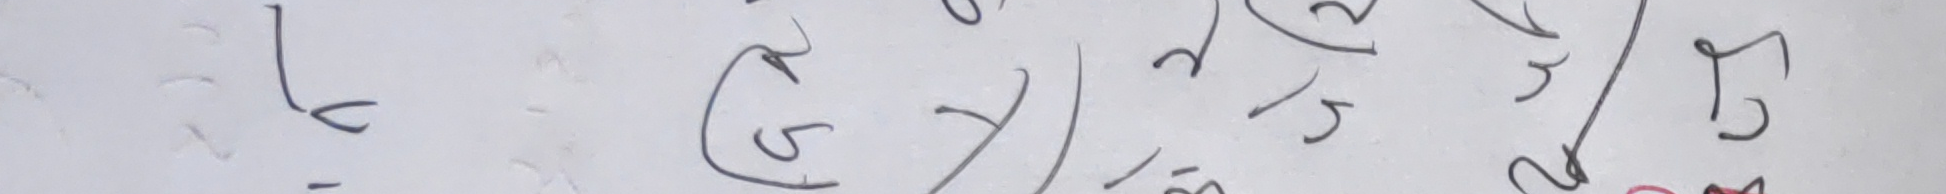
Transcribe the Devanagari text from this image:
ह्या (ज) २/१५ रे २/२७